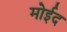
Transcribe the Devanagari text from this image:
मोईद